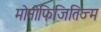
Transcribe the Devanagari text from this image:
मोनोफिजितिज्म